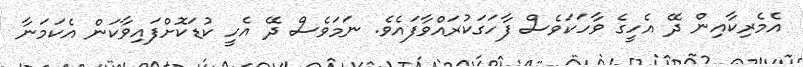
އެމެރިކާއިން ދޭ އެހީގެ ވާހަކަވެސް ފާހަގަކުރައްވާފައެވެ. ނަމަވެސް ދޭ އެހީ ކުޑަކޮށްފައިވާކަން އެކަމަނާ